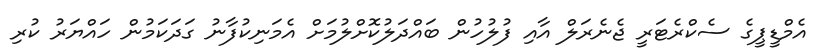
އެމްޑީޕީގެ ސެކްރެޓަރީ ޖެނެރަލް އާއި ފުލުހުން ބައްދަލުކޮށްލުމަށް އެމަނިކުފާނު ގަދަކަމުން ހައްޔަރު ކުރި